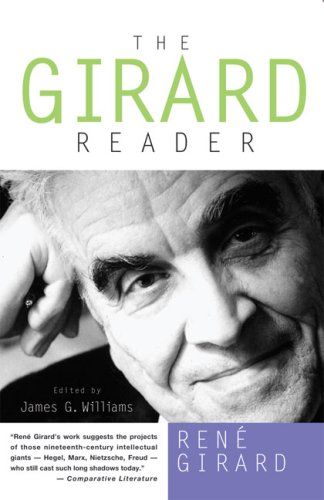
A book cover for The Girard Reader (Crossroad Herder Book); Rene Girard; Religion & Spirituality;